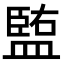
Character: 𥂠